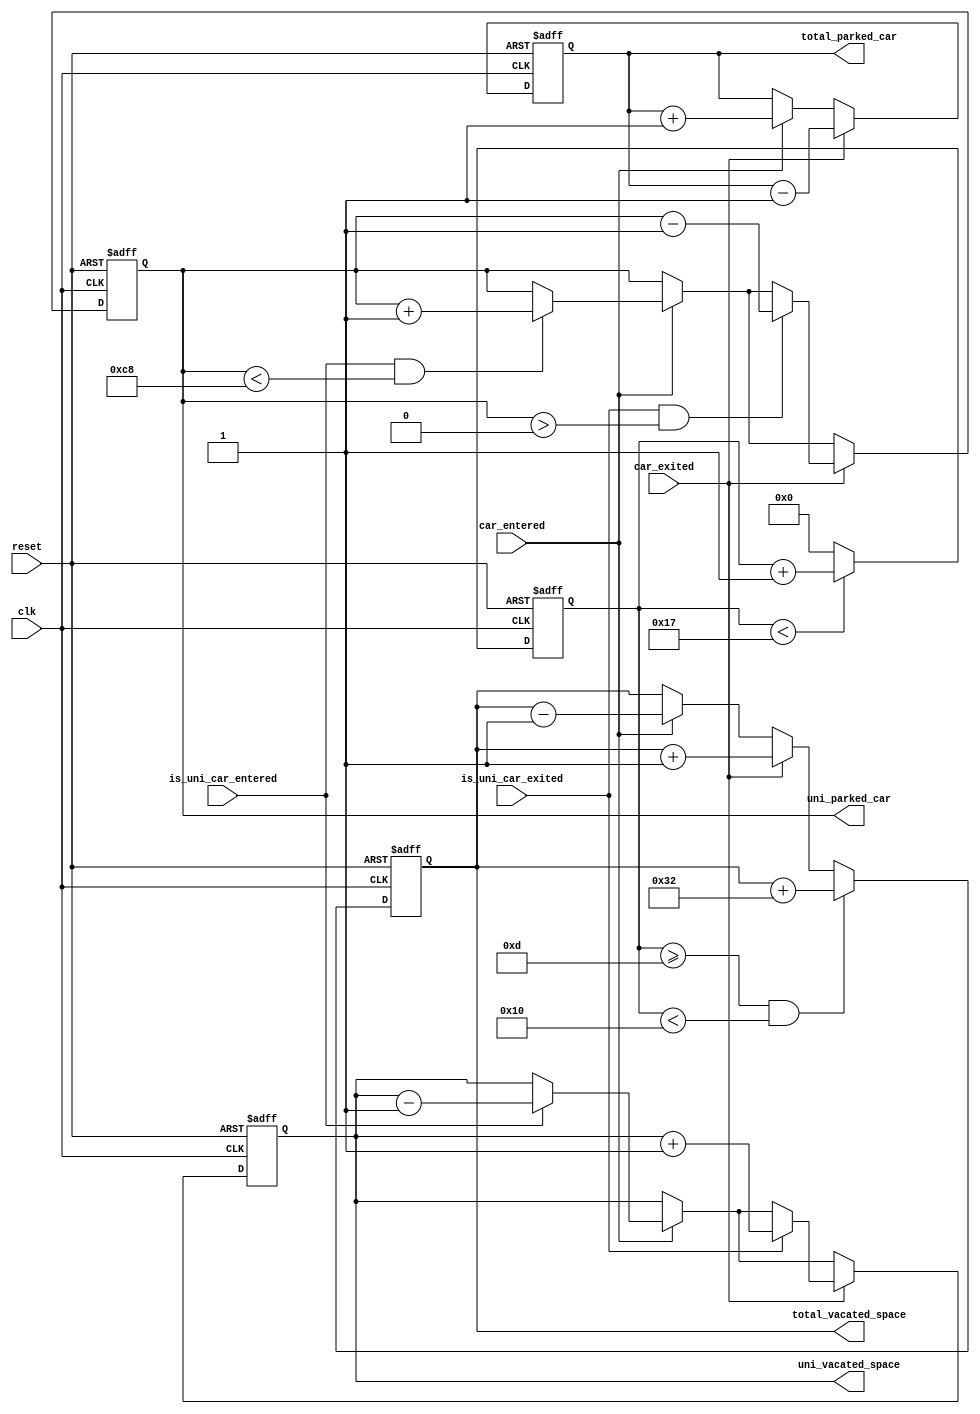
module ParkingManagement(
    input wire clk,
    input wire reset,
    input wire car_entered,
    input wire is_uni_car_entered,
    input wire car_exited,
    input wire is_uni_car_exited,
    output reg [9:0] uni_parked_car, 
    output reg [9:0] total_parked_car, 
    output reg [9:0] uni_vacated_space, 
    output reg [9:0] total_vacated_space 
);

parameter TOTAL_CAPACITY = 700;
parameter UNI_CAPACITY_LIMIT = 200;
parameter INCREMENT_CAPACITY_PER_HOUR = 50;
parameter TIME_LIMIT = 13;
parameter TIME_INCREMENT_START = 13;
parameter TIME_INCREMENT_END = 16;

reg [9:0] current_capacity;
reg [4:0] current_hour;

always @(posedge clk or posedge reset) begin
    if (reset) begin
        uni_parked_car <= 0;
        total_parked_car <= 0;
        uni_vacated_space <= UNI_CAPACITY_LIMIT;
        total_vacated_space <= TOTAL_CAPACITY;
        current_hour <= 0;
        current_capacity <= UNI_CAPACITY_LIMIT;
    end else begin
        if (car_entered) begin
            if (is_uni_car_entered && (uni_parked_car < UNI_CAPACITY_LIMIT)) begin
                uni_parked_car <= uni_parked_car + 1;
            end
            total_parked_car <= total_parked_car + 1;
            total_vacated_space <= total_vacated_space - 1;
            if (is_uni_car_entered) begin
                uni_vacated_space <= uni_vacated_space - 1;
            end
        end
        
        if (car_exited) begin
            if (is_uni_car_exited && (uni_parked_car > 0)) begin
                uni_parked_car <= uni_parked_car - 1;
            end
            total_parked_car <= total_parked_car - 1;
            total_vacated_space <= total_vacated_space + 1;
            if (is_uni_car_exited) begin
                uni_vacated_space <= uni_vacated_space + 1;
            end
        end
        
        if (current_hour >= TIME_INCREMENT_START && current_hour < TIME_INCREMENT_END) begin
            current_capacity <= current_capacity + INCREMENT_CAPACITY_PER_HOUR;
            total_vacated_space <= total_vacated_space + INCREMENT_CAPACITY_PER_HOUR;
        end
        
        if (current_hour < 23) begin
            current_hour <= current_hour + 1;
        end else begin
            current_hour <= 0;
        end
    end
end

endmodule